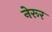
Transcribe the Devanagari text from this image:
नेरूर